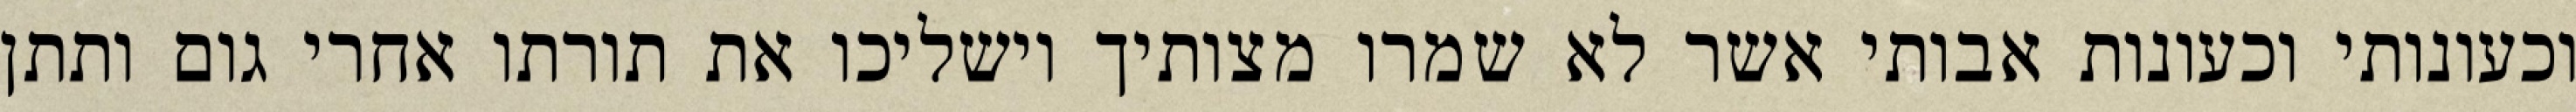
וכעונותי וכעונות אבותי אשר לא שמרו מצותיך וישליכו את תורתו אחרי גום ותתן